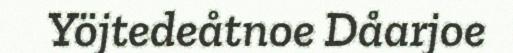
Yöjtedeåtnoe Dåarjoe